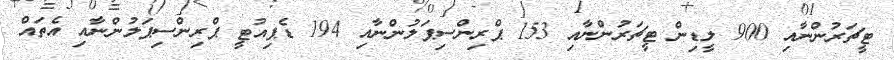
ޓީޗަރުންނާއި 900 ލީޑިން ޓީޗަރުންނާއި 153 ޕްރިންސިޕަލުންނާއި 194 ޑެޕިއުޓީ ޕްރިންސިޕަލުންނާއި އެތައް